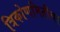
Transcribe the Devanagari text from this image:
त्रिकोणमितीचा